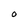
Character: 0